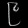
Digit: ၉